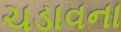
ચડાવના